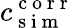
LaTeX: c_{\mathrm{~s~i~m~}}^{\mathrm{~c~o~r~r~}}